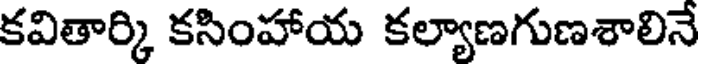
కవితార్కి కసింహాయ కల్యాణగుణశాలినే